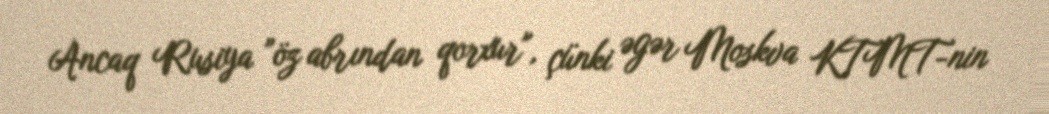
Ancaq Rusiya ”öz abrından qorxur", çünki əgər Moskva KTMT-nin